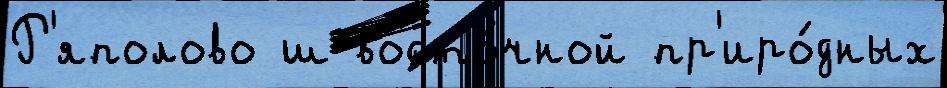
Р'яполово ш восто́чной пр'иро́дных